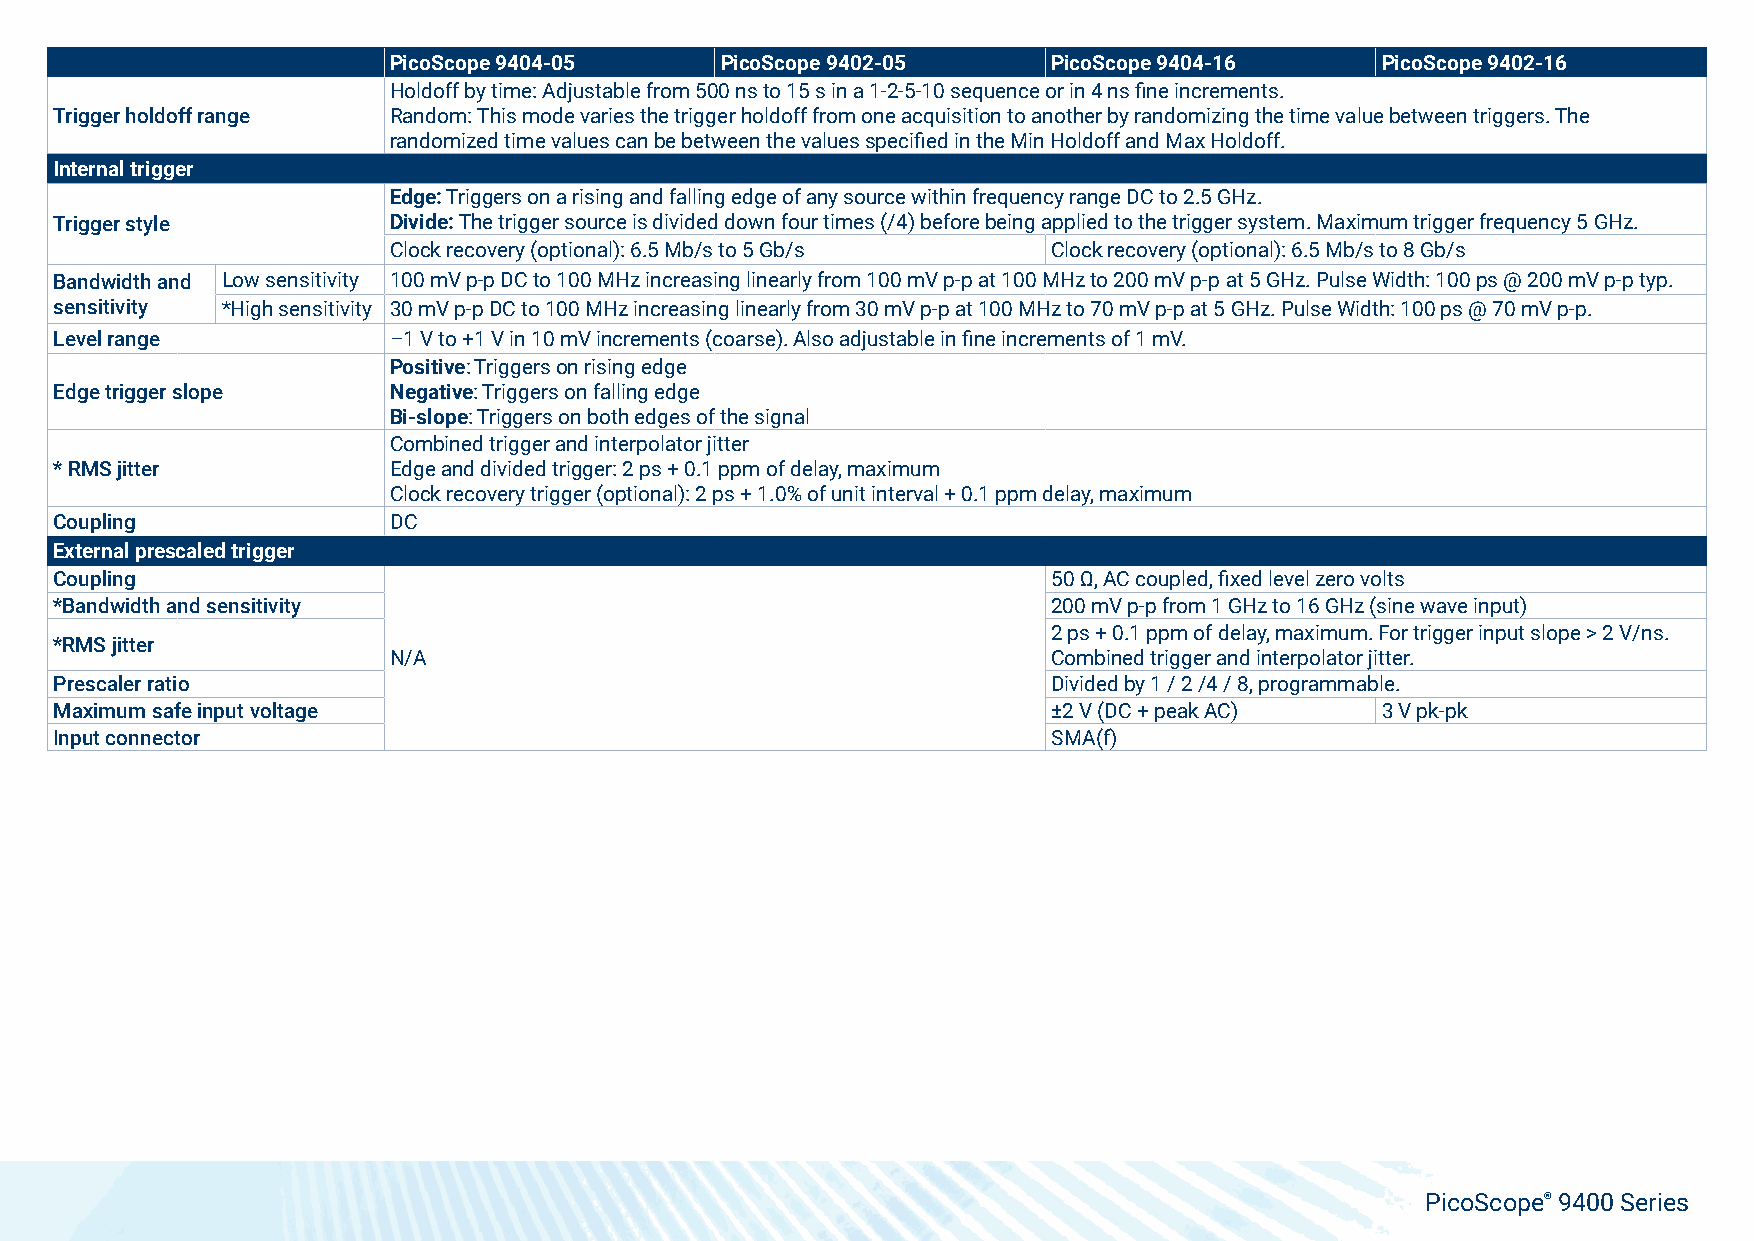
PicoScope 9404-05     PicoScope 9402-05     PicoScope 9404-16    PicoScope 9402-16
 Holdoff by time: Adjustable from 500 ns to 15 s in a 1-2-5-10 sequence or in 4 ns fine increments.
 Trigger holdoff range Random: This mode varies the trigger holdoff from one acquisition to another by randomizing the time value between triggers. The
 randomized time values can be between the values specified in the Min Holdoff and Max Holdoff.
 Internal trigger
 Edge: Triggers on a rising and falling edge of any source within frequency range DC to 2.5 GHz.
 Trigger style         Divide: The trigger source is divided down four times (/4) before being applied to the trigger system. Maximum trigger frequency 5 GHz.
 Clock recovery (optional): 6.5 Mb/s to 5 Gb/s Clock recovery (optional): 6.5 Mb/s to 8 Gb/s
 Bandwidth and Low sensitivity 100 mV p-p DC to 100 MHz increasing linearly from 100 mV p-p at 100 MHz to 200 mV p-p at 5 GHz. Pulse Width: 100 ps @ 200 mV p-p typ.
 sensitivity *High sensitivity 30 mV p-p DC to 100 MHz increasing linearly from 30 mV p-p at 100 MHz to 70 mV p-p at 5 GHz. Pulse Width: 100 ps @ 70 mV p-p.
 Level range           –1 V to +1 V in 10 mV increments (coarse). Also adjustable in fine increments of 1 mV.
 Positive: Triggers on rising edge
 Edge trigger slope    Negative: Triggers on falling edge
 Bi-slope: Triggers on both edges of the signal
 Combined trigger and interpolator jitter
 * RMS jitter          Edge and divided trigger: 2 ps + 0.1 ppm of delay, maximum
 Clock recovery trigger (optional): 2 ps + 1.0% of unit interval + 0.1 ppm delay, maximum
 Coupling              DC
 External prescaled trigger
 Coupling                                                          50 Ω, AC coupled, fixed level zero volts
 *Bandwidth and sensitivity                                        200 mV p-p from 1 GHz to 16 GHz (sine wave input)
 2 ps + 0.1 ppm of delay, maximum. For trigger input slope > 2 V/ns.
 *RMS jitter
 N/A                                         Combined trigger and interpolator jitter.
 Prescaler ratio                                                   Divided by 1 / 2 /4 / 8, programmable.
 Maximum safe input voltage                                        ±2 V (DC + peak AC)  3 V pk-pk
 Input connector                                                   SMA(f)
 PicoScope® 9400 Series